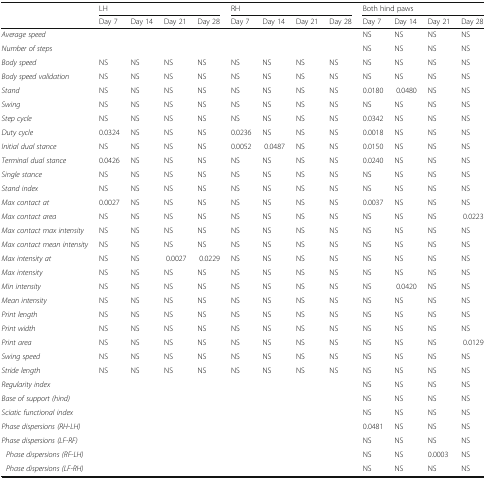
<table><thead><tr><td rowspan="2"></td><td colspan="4"><b>LH</b></td><td colspan="4"><b>RH</b></td><td colspan="4"><b>Both hind paws</b></td></tr><tr><td><b>Day 7</b></td><td><b>Day 14</b></td><td><b>Day 21</b></td><td><b>Day 28</b></td><td><b>Day 7</b></td><td><b>Day 14</b></td><td><b>Day 21</b></td><td><b>Day 28</b></td><td><b>Day 7</b></td><td><b>Day 14</b></td><td><b>Day 21</b></td><td><b>Day 28</b></td></tr></thead><tbody><tr><td><i>Average speed</i></td><td></td><td></td><td></td><td></td><td></td><td></td><td></td><td></td><td>NS</td><td>NS</td><td>NS</td><td>NS</td></tr><tr><td><i>Number of steps</i></td><td></td><td></td><td></td><td></td><td></td><td></td><td></td><td></td><td>NS</td><td>NS</td><td>NS</td><td>NS</td></tr><tr><td><i>Body speed</i></td><td>NS</td><td>NS</td><td>NS</td><td>NS</td><td>NS</td><td>NS</td><td>NS</td><td>NS</td><td>NS</td><td>NS</td><td>NS</td><td>NS</td></tr><tr><td><i>Body speed validation</i></td><td>NS</td><td>NS</td><td>NS</td><td>NS</td><td>NS</td><td>NS</td><td>NS</td><td>NS</td><td>NS</td><td>NS</td><td>NS</td><td>NS</td></tr><tr><td><i>Stand</i></td><td>NS</td><td>NS</td><td>NS</td><td>NS</td><td>NS</td><td>NS</td><td>NS</td><td>NS</td><td>0.0180</td><td>0.0480</td><td>NS</td><td>NS</td></tr><tr><td><i>Swing</i></td><td>NS</td><td>NS</td><td>NS</td><td>NS</td><td>NS</td><td>NS</td><td>NS</td><td>NS</td><td>NS</td><td>NS</td><td>NS</td><td>NS</td></tr><tr><td><i>Step cycle</i></td><td>NS</td><td>NS</td><td>NS</td><td>NS</td><td>NS</td><td>NS</td><td>NS</td><td>NS</td><td>0.0342</td><td>NS</td><td>NS</td><td>NS</td></tr><tr><td><i>Duty cycle</i></td><td>0.0324</td><td>NS</td><td>NS</td><td>NS</td><td>0.0236</td><td>NS</td><td>NS</td><td>NS</td><td>0.0018</td><td>NS</td><td>NS</td><td>NS</td></tr><tr><td><i>Initial dual stance</i></td><td>NS</td><td>NS</td><td>NS</td><td>NS</td><td>0.0052</td><td>0.0487</td><td>NS</td><td>NS</td><td>0.0150</td><td>NS</td><td>NS</td><td>NS</td></tr><tr><td><i>Terminal dual stance</i></td><td>0.0426</td><td>NS</td><td>NS</td><td>NS</td><td>NS</td><td>NS</td><td>NS</td><td>NS</td><td>0.0240</td><td>NS</td><td>NS</td><td>NS</td></tr><tr><td><i>Single stance</i></td><td>NS</td><td>NS</td><td>NS</td><td>NS</td><td>NS</td><td>NS</td><td>NS</td><td>NS</td><td>NS</td><td>NS</td><td>NS</td><td>NS</td></tr><tr><td><i>Stand index</i></td><td>NS</td><td>NS</td><td>NS</td><td>NS</td><td>NS</td><td>NS</td><td>NS</td><td>NS</td><td>NS</td><td>NS</td><td>NS</td><td>NS</td></tr><tr><td><i>Max contact at</i></td><td>0.0027</td><td>NS</td><td>NS</td><td>NS</td><td>NS</td><td>NS</td><td>NS</td><td>NS</td><td>0.0037</td><td>NS</td><td>NS</td><td>NS</td></tr><tr><td><i>Max contact area</i></td><td>NS</td><td>NS</td><td>NS</td><td>NS</td><td>NS</td><td>NS</td><td>NS</td><td>NS</td><td>NS</td><td>NS</td><td>NS</td><td>0.0223</td></tr><tr><td><i>Max contact max intensity</i></td><td>NS</td><td>NS</td><td>NS</td><td>NS</td><td>NS</td><td>NS</td><td>NS</td><td>NS</td><td>NS</td><td>NS</td><td>NS</td><td>NS</td></tr><tr><td><i>Max contact mean intensity</i></td><td>NS</td><td>NS</td><td>NS</td><td>NS</td><td>NS</td><td>NS</td><td>NS</td><td>NS</td><td>NS</td><td>NS</td><td>NS</td><td>NS</td></tr><tr><td><i>Max intensity at</i></td><td>NS</td><td>NS</td><td>0.0027</td><td>0.0229</td><td>NS</td><td>NS</td><td>NS</td><td>NS</td><td>NS</td><td>NS</td><td>NS</td><td>NS</td></tr><tr><td><i>Max intensity</i></td><td>NS</td><td>NS</td><td>NS</td><td>NS</td><td>NS</td><td>NS</td><td>NS</td><td>NS</td><td>NS</td><td>NS</td><td>NS</td><td>NS</td></tr><tr><td><i>Min intensity</i></td><td>NS</td><td>NS</td><td>NS</td><td>NS</td><td>NS</td><td>NS</td><td>NS</td><td>NS</td><td>NS</td><td>0.0420</td><td>NS</td><td>NS</td></tr><tr><td><i>Mean intensity</i></td><td>NS</td><td>NS</td><td>NS</td><td>NS</td><td>NS</td><td>NS</td><td>NS</td><td>NS</td><td>NS</td><td>NS</td><td>NS</td><td>NS</td></tr><tr><td><i>Print length</i></td><td>NS</td><td>NS</td><td>NS</td><td>NS</td><td>NS</td><td>NS</td><td>NS</td><td>NS</td><td>NS</td><td>NS</td><td>NS</td><td>NS</td></tr><tr><td><i>Print width</i></td><td>NS</td><td>NS</td><td>NS</td><td>NS</td><td>NS</td><td>NS</td><td>NS</td><td>NS</td><td>NS</td><td>NS</td><td>NS</td><td>NS</td></tr><tr><td><i>Print area</i></td><td>NS</td><td>NS</td><td>NS</td><td>NS</td><td>NS</td><td>NS</td><td>NS</td><td>NS</td><td>NS</td><td>NS</td><td>NS</td><td>0.0129</td></tr><tr><td><i>Swing speed</i></td><td>NS</td><td>NS</td><td>NS</td><td>NS</td><td>NS</td><td>NS</td><td>NS</td><td>NS</td><td>NS</td><td>NS</td><td>NS</td><td>NS</td></tr><tr><td><i>Stride length</i></td><td>NS</td><td>NS</td><td>NS</td><td>NS</td><td>NS</td><td>NS</td><td>NS</td><td>NS</td><td>NS</td><td>NS</td><td>NS</td><td>NS</td></tr><tr><td><i>Regularity index</i></td><td></td><td></td><td></td><td></td><td></td><td></td><td></td><td></td><td>NS</td><td>NS</td><td>NS</td><td>NS</td></tr><tr><td><i>Base of support (hind)</i></td><td></td><td></td><td></td><td></td><td></td><td></td><td></td><td></td><td>NS</td><td>NS</td><td>NS</td><td>NS</td></tr><tr><td><i>Sciatic functional index</i></td><td></td><td></td><td></td><td></td><td></td><td></td><td></td><td></td><td>NS</td><td>NS</td><td>NS</td><td>NS</td></tr><tr><td><i>Phase dispersions (RH-LH)</i></td><td></td><td></td><td></td><td></td><td></td><td></td><td></td><td></td><td>0.0481</td><td>NS</td><td>NS</td><td>NS</td></tr><tr><td><i>Phase dispersions (LF-RF)</i></td><td></td><td></td><td></td><td></td><td></td><td></td><td></td><td></td><td>NS</td><td>NS</td><td>NS</td><td>NS</td></tr><tr><td><i>Phase dispersions (RF-LH)</i></td><td></td><td></td><td></td><td></td><td></td><td></td><td></td><td></td><td>NS</td><td>NS</td><td>0.0003</td><td>NS</td></tr><tr><td><i>Phase dispersions (LF-RH)</i></td><td></td><td></td><td></td><td></td><td></td><td></td><td></td><td></td><td>NS</td><td>NS</td><td>NS</td><td>NS</td></tr></tbody></table>